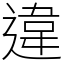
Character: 違